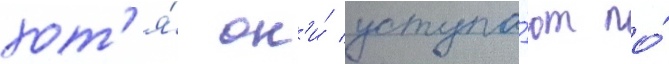
хот'я́ он'и́ уступа́ют по́